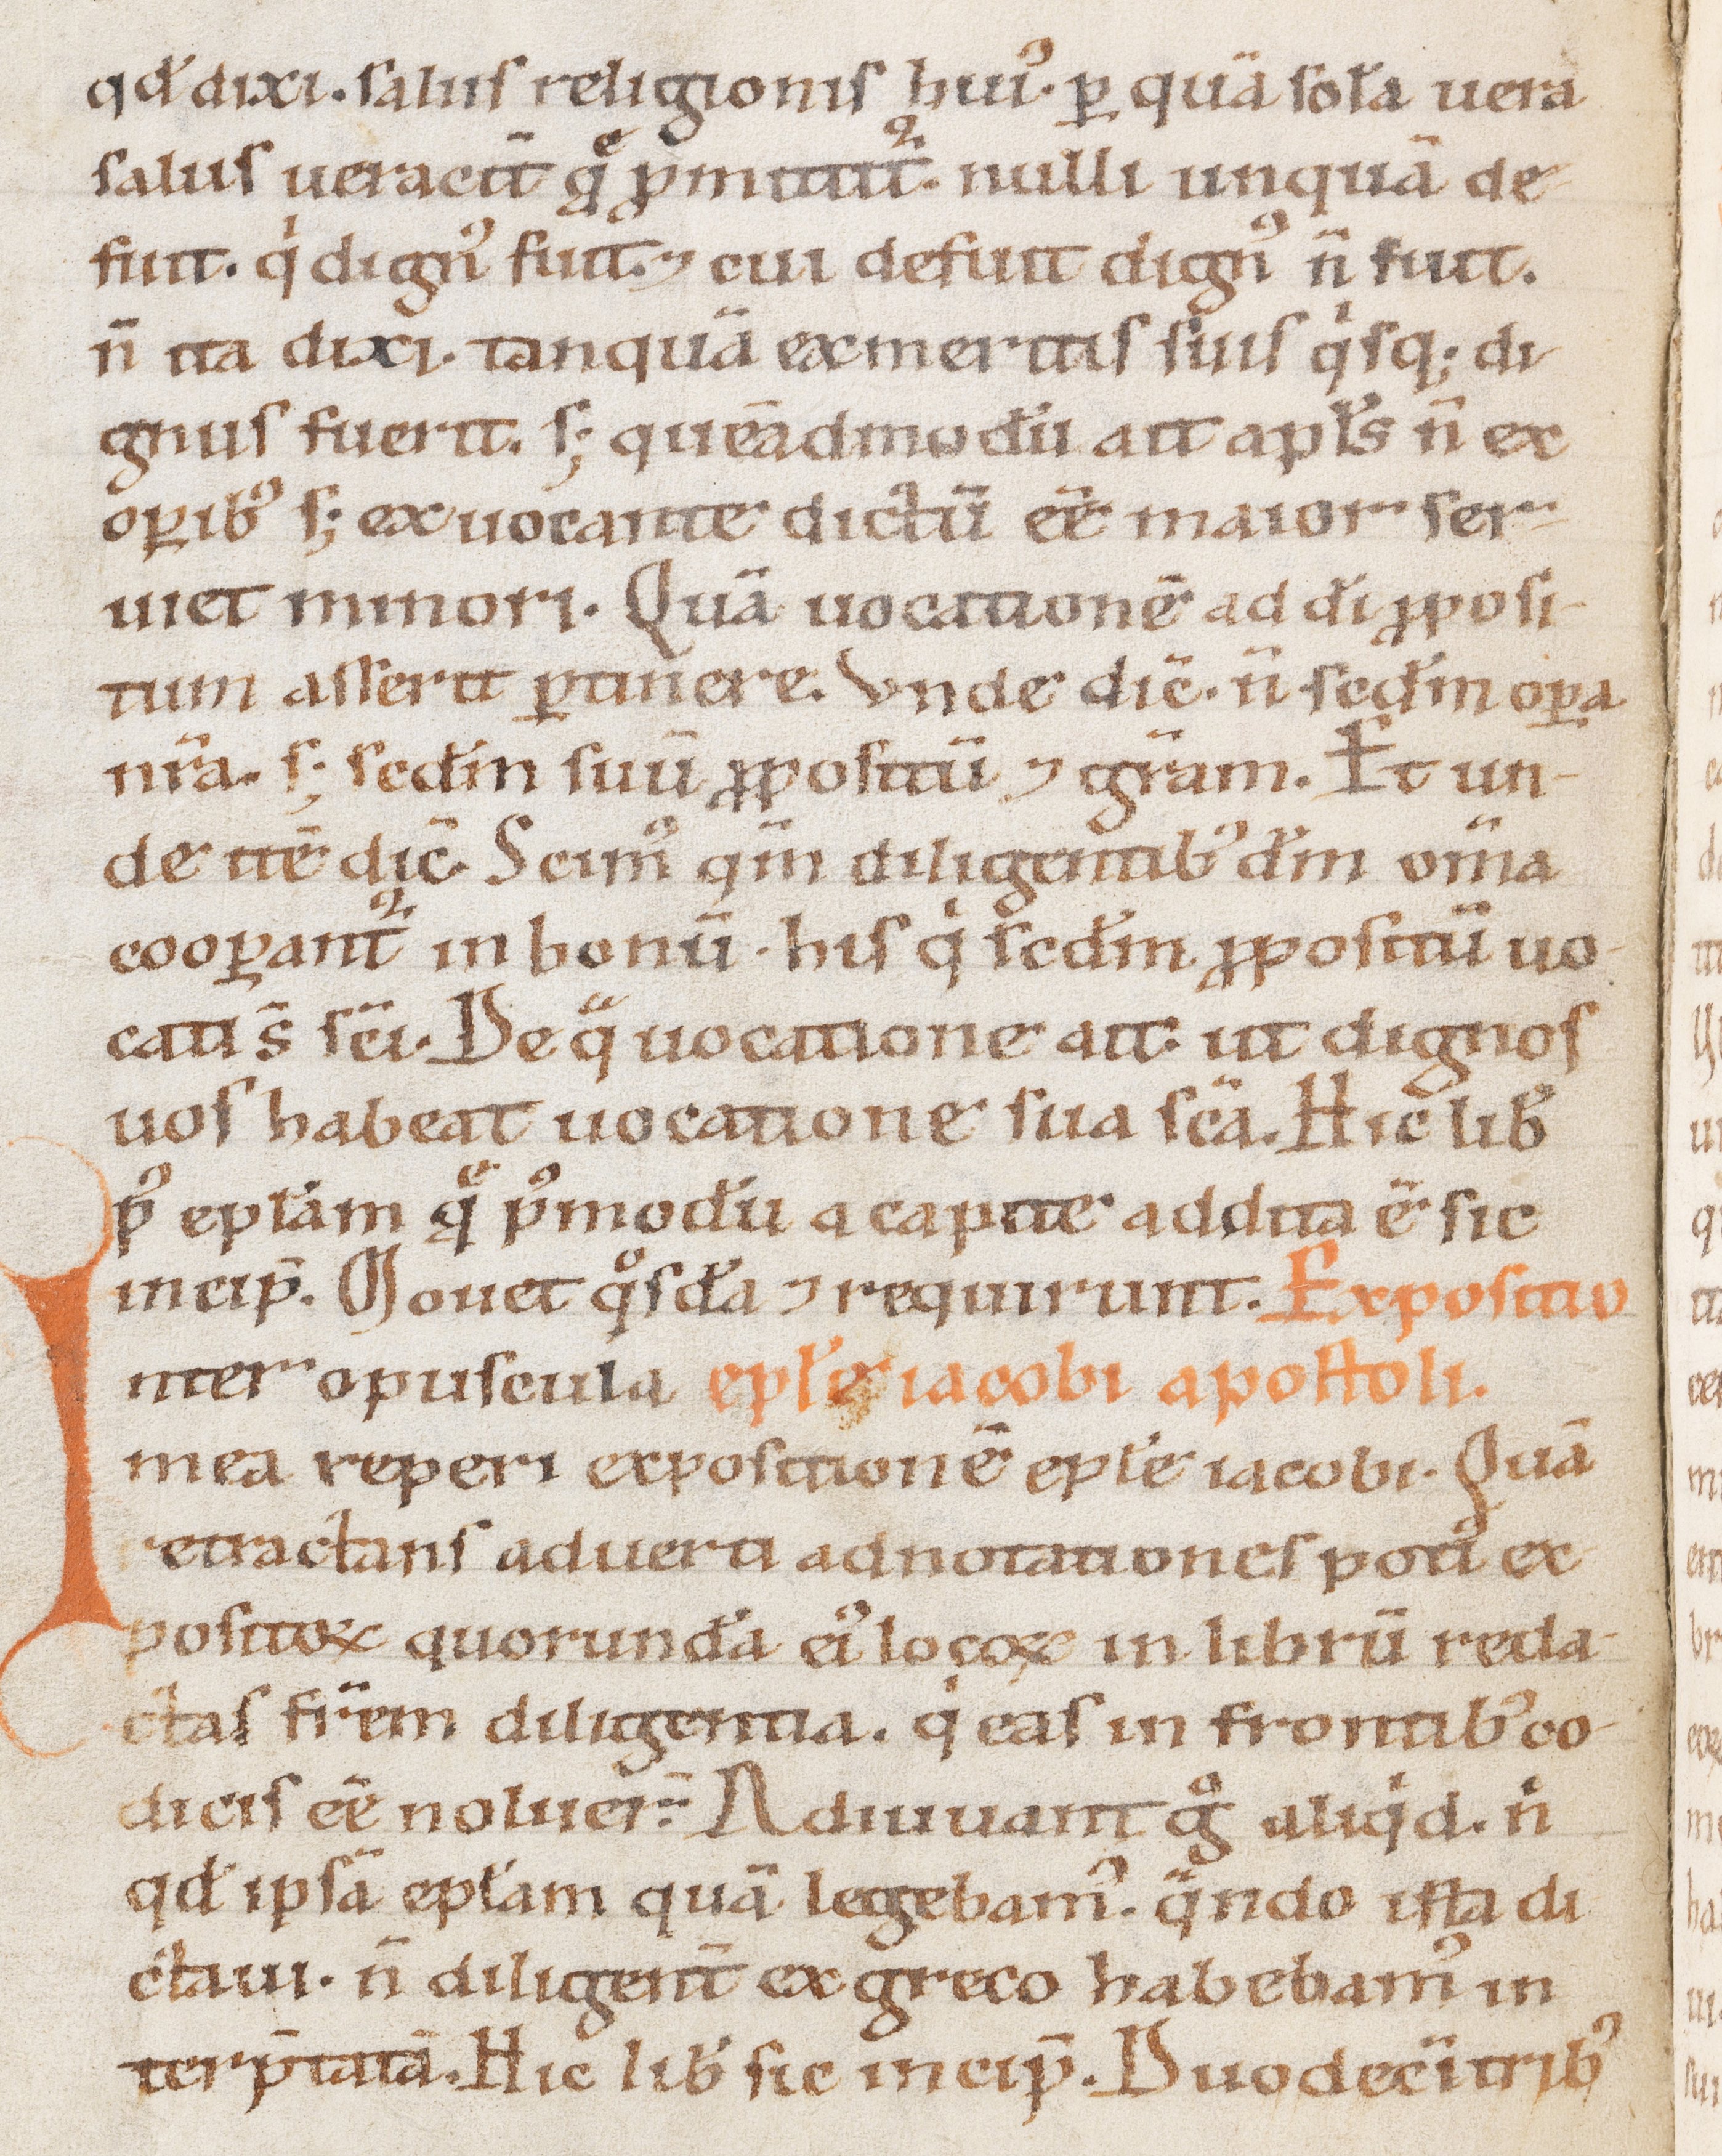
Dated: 1100–1199